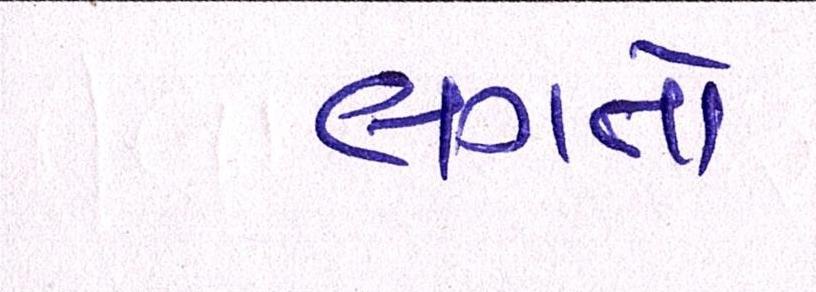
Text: લગતો